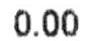
0.00